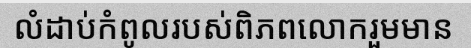
លំដាប់កំពូលរបស់ពិភពលោករួមមាន